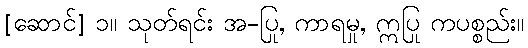
[ဆောင်] ၁။ သုတ်ရင်း အ-ပြု, ကာရမှု, ဣပြု ကပစ္စည်း။